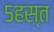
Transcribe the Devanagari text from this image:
५हस्त